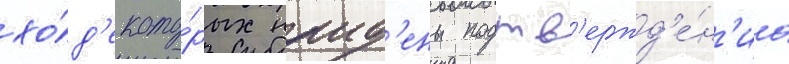
хо́д'е кото́рых наид'ены подтв'ержд'е́н'иа